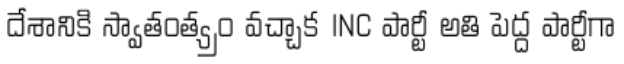
దేశానికి స్వాతంత్య్రం వచ్చాక INC పార్టీ అతి పెద్ద పార్టీగా